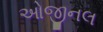
ઓજીનલ